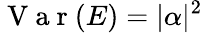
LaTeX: \mathrm{~V~a~r~}(E)=|\alpha|^{2}